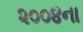
૨૦૦૪ના